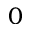
0